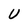
Character: U